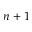
n + 1